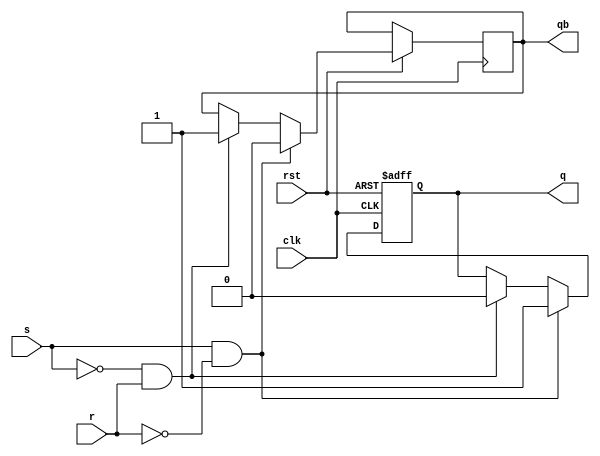
module sr_activelow_(q,qb,s,r,clk,rst);
input s,r,clk,rst;
output reg q,qb;
always@(posedge clk or negedge rst)
begin
if (!rst)
q <=0;
else
if (s==1 & r==0) begin
q <= 1;
qb <=0;
end
else
if (s==0 && r==1) begin
q <=0;
qb <=1;
end
end
endmodule